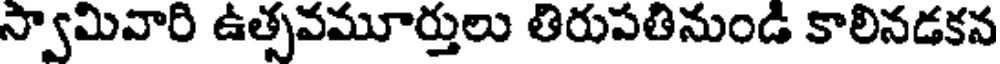
స్వామివారి ఉత్సవమూర్తులు తిరుపతినుండి కాలినడకన